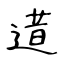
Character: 逪